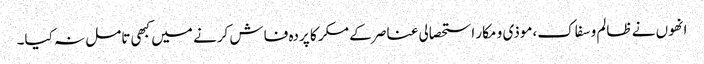
انھوں نے ظالم و سفاک،موذی و مکار استحصالی عناصر کے مکر کا پردہ فاش کرنے میں کبھی تامل نہ کیا۔